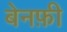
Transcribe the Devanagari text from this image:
बेनफ़ी